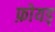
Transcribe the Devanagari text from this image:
फ़ोयड्